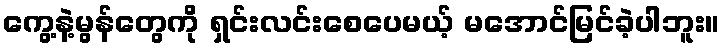
ကွေ့နဲ့မွန်တွေကို ရှင်းလင်းစေပေမယ့် မအောင်မြင်ခဲ့ပါဘူး။